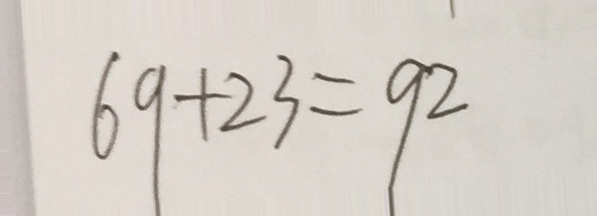
6 9 + 2 3 = 9 2